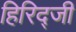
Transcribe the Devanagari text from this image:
हिरिद्जी